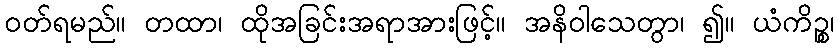
ဝတ်ရမည်။ တထာ၊ ထိုအခြင်းအရာအားဖြင့်။ အနိဝါသေတွာ၊ ၍။ ယံကိဉ္စ၊